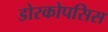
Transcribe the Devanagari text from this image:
डोरकोपसिस